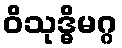
ဝိသုဒ္ဓိမဂ္ဂ